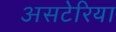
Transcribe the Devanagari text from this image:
असटेरिया